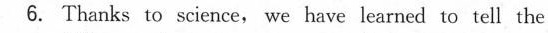
6. Thanks to science, we have learned to tell the